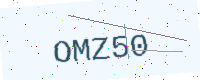
Text: OMZ50